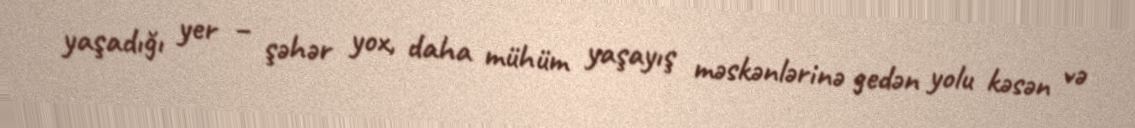
yaşadığı yer – şəhər yox, daha mühüm yaşayış məskənlərinə gedən yolu kəsən və